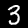
Label: 3